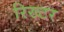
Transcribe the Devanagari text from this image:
रिख्टर